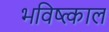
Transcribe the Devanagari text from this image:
भविष्त्काल